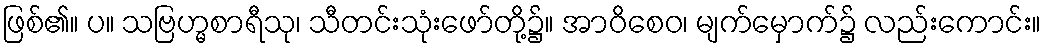
ဖြစ်၏။ ပ။ သဗြဟ္မစာရီသု၊ သီတင်းသုံးဖော်တို့၌။ အာဝိစေဝ၊ မျက်မှောက်၌ လည်းကောင်း။